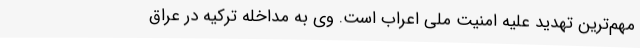
مهم‌ترین تهدید علیه امنیت ملی اعراب است. وی به مداخله ترکیه در عراق